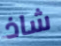
شاذ